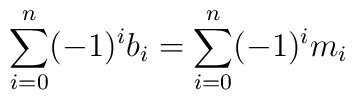
\sum_{i=0}^n (-1)^i b_i = \sum_{i=0}^n (-1)^i m_i